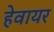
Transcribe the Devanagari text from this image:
हेवायर